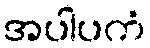
အပါပကံ